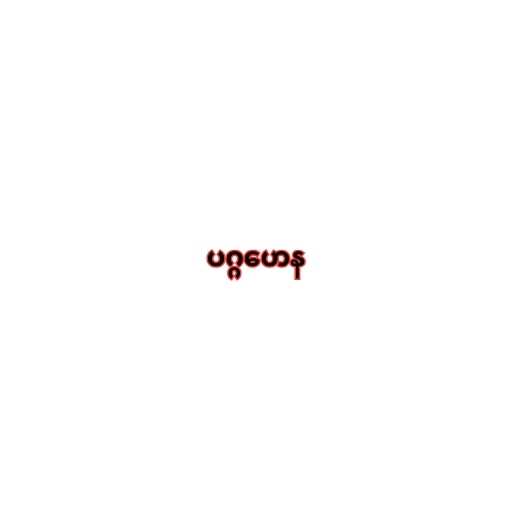
ပဂ္ဂဟေန